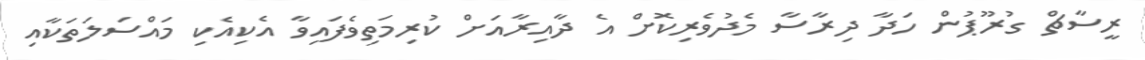
ރީސާޗް ގުރޫޕުން ހަދާ ދިރާސާ މެދުވެރިކޮށް އެ ދާއިރާއަށް ކުރިމަތިވެފައިވާ އެކިއެކި މައްސަލަތަކާއި